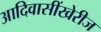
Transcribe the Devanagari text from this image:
आदिवासींखेरीज